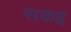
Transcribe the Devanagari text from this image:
सकइ